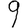
Digit: 9